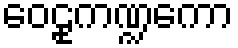
ဝေဠုကဏ္ဍကော